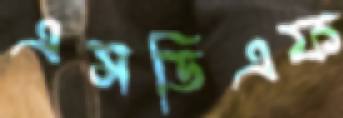
এসডিএফ